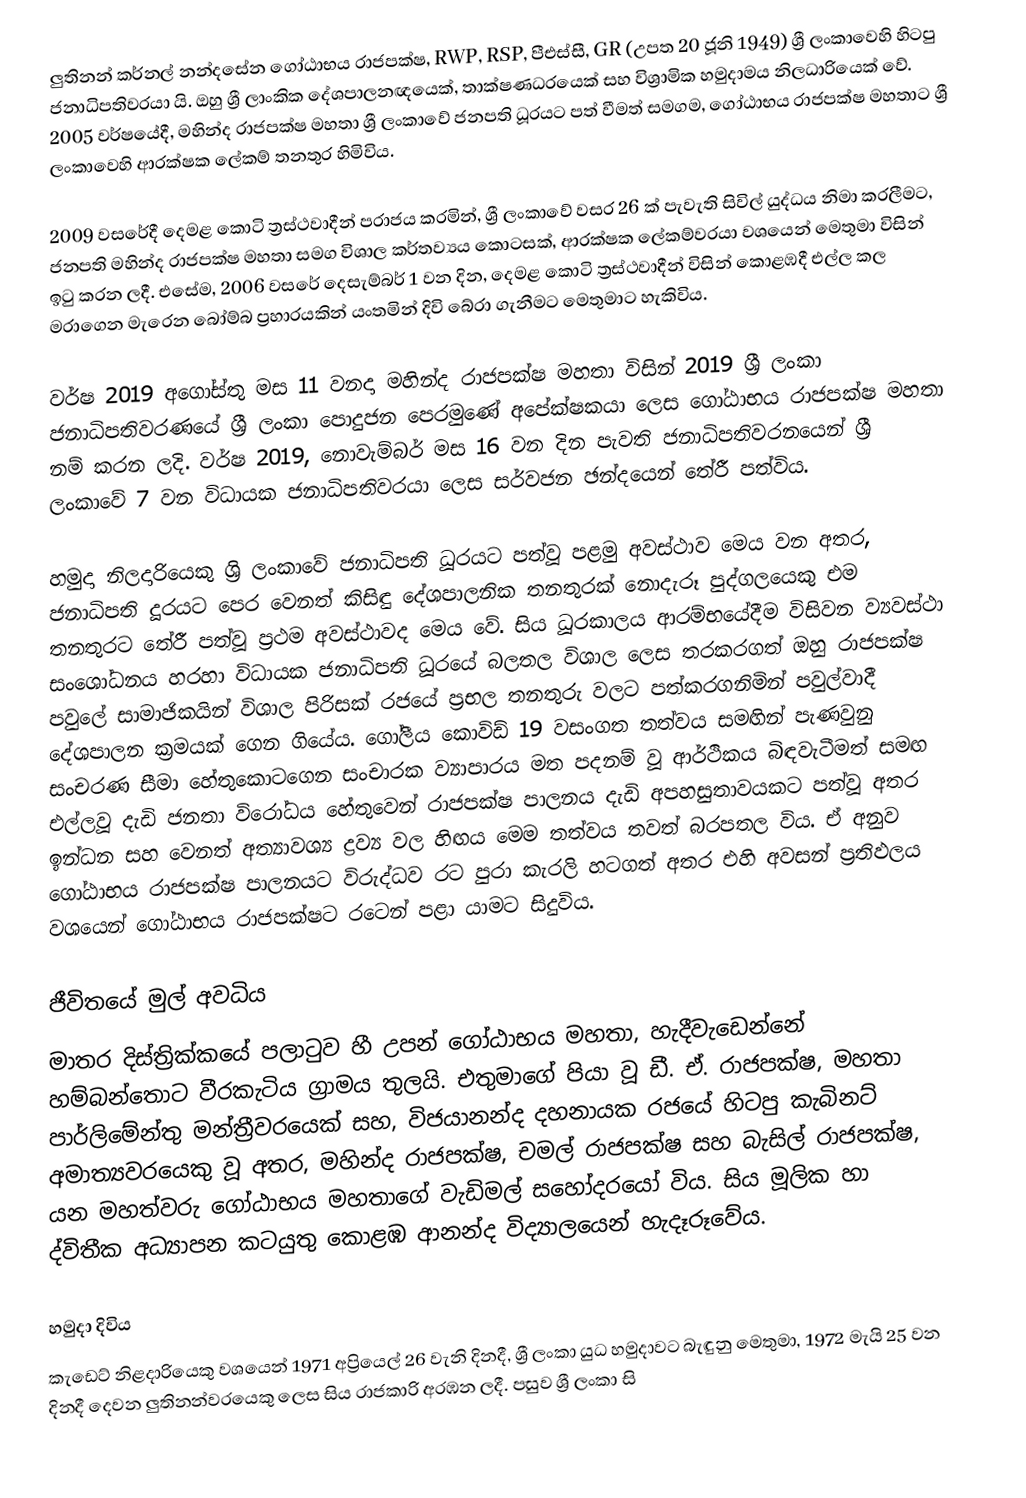
ලුතිනන් කර්නල් නන්දසේන ගෝඨාභය රාජපක්ෂ, RWP, RSP, පීඑස්සී, GR (උපත 20 ජූනි 1949) ශ්‍රී ලංකාවෙහි හිටපු ජනාධිපතිවරයා යි. ඔහු ශ්‍රී ලාංකික  දේශපාලනඥයෙක්, තාක්ෂණධරයෙක් සහ විශ්‍රාමික හමුදාමය නිලධාරියෙක් වේ. 2005 වර්ෂයේදී, මහින්ද රාජපක්ෂ මහතා ශ්‍රී ලංකාවේ ජනපති ධූරයට පත් වීමත් සමගම, ගෝඨාභය රාජපක්ෂ මහතාට ශ්‍රී ලංකාවෙහි ආරක්ෂක ලේකම් තනතුර හිමිවිය.

2009 වසරේදී දෙමළ කොටි ත්‍රස්ථවාදීන් පරාජය කරමින්, ශ්‍රී ලංකාවේ වසර 26 ක් පැවැති සිවිල් යුද්ධය නිමා කරලීමට, ජනපති මහින්ද රාජපක්ෂ මහතා සමග විශාල කර්තව්‍යය කොටසක්, ආරක්ෂක ලේකම්වරයා වශයෙන් මෙතුමා විසින් ඉටු කරන ලදී. එසේම, 2006 වසරේ දෙසැම්බර් 1 වන දින, දෙමළ කොටි ත්‍රස්ථවාදීන් විසින් කොළඹදී එල්ල කල මරාගෙන මැරෙන බෝම්බ ප්‍රහාරයකින් යංතමින් දිවි බේරා ගැනීමට මෙතුමාට හැකිවිය.

වර්ෂ 2019 අගෝස්තු මස 11 වනදා මහින්ද රාජපක්ෂ මහතා විසින් 2019 ශ්‍රී ලංකා ජනාධිපතිවරණයේ ශ්‍රී ලංකා පොදුජන පෙරමුණේ අපේක්ෂකයා ලෙස ගෝඨාභය රාජපක්ෂ මහතා නම් කරන ලදි. වර්ෂ 2019, නොවැම්බර් මස 16 වන දින පැවති ජනාධිපතිවරනයෙන් ශ්‍රී ලංකාවේ 7 වන විධායක ජනාධිපතිවරයා ලෙස සර්වජන ඡන්දයෙන් තේරී පත්විය.

හමුදා නිලදාරියෙකු ශ්‍රි ලංකාවේ ජනාධිපති ධූරයට පත්වූ පළමු අවස්ථාව මෙය වන අතර, ජනාධිපති දූරයට පෙර වෙනත් කිසිඳු දේශපාලනික තනතුරක් නොදැරූ පුද්ගලයෙකු එම තනතුරට තේරී පත්වූ ප්‍රථම අවස්ථාවද මෙය වේ. සිය ධූරකාලය ආරම්භයේදීම විසිවන ව්‍යවස්ථා සංශෝධනය හරහා විධායක ජනාධිපති ධූරයේ බලතල විශාල ලෙස තරකරගත් ඔහු රාජපක්ෂ පවුලේ සාමාජිකයින් විශාල පිරිසක් රජයේ ප්‍රභල තනතුරු වලට පත්කරගනිමින් පවුල්වාදී දේශපාලන ක්‍රමයක් ගෙන ගියේය. ගෝලීය කොවිඩ් 19 වසංගත තත්වය සමඟින් පැණවුනු සංචරණ සීමා හේතුකොටගෙන සංචාරක ව්‍යාපාරය මත පදනම් වූ ආර්ථිකය බිඳවැටීමත් සමඟ එල්ලවූ දැඩි ජනතා විරෝධය හේතුවෙන් රාජපක්ෂ පාලනය දැඩි අපහසුතාවයකට පත්වූ අතර ඉන්ධන සහ වෙනත් අත්‍යාවශ්‍ය ද්‍රව්‍ය වල හිඟය මෙම තත්වය තවත් බරපතල විය. ඒ අනුව  ගෝඨාභය රාජපක්ෂ පාලනයට විරුද්ධව රට පුරා කැරලි හටගත් අතර එහි අවසන් ප්‍රතිඵලය වශයෙන් ගෝඨාභය රාජපක්ෂට රටෙන් පළා යාමට සිදුවිය.

ජීවිතයේ මුල් අවධිය
මාතර දිස්ත්‍රික්කයේ පලාටුව හී උපන් ගෝඨාභය මහතා, හැදීවැඩෙන්නේ හම්බන්තොට වීරකැටිය ග්‍රාමය තුලයි. එතුමාගේ පියා වූ ඩී. ඒ. රාජපක්ෂ, මහතා පාර්ලිමේන්තු මන්ත්‍රීවරයෙක් සහ, විජයානන්ද දහනායක රජයේ හිටපු කැබිනට් අමාත්‍යවරයෙකු වූ අතර, මහින්ද රාජපක්ෂ, චමල් රාජපක්ෂ සහ බැසිල් රාජපක්ෂ, යන මහත්වරු ගෝඨාභය මහතාගේ වැඩිමල් සහෝදරයෝ විය. සිය මූලික හා ද්විතීක අධ්‍යාපන කටයුතු කොළඹ ආනන්ද විද්‍යාලයෙන් හැදෑරූවේය.

හමුදා දිවිය
කැඩෙට් නිළදාරියෙකු වශයෙන් 1971 අප්‍රියෙල් 26 වැනි දිනදී, ශ්‍රී ලංකා යුධ හමුදාවට බැඳුනු මෙතුමා, 1972 මැයි 25 වන දිනදී දෙවන ලුතිනන්වරයෙකු ලෙස සිය රාජකාරි අරඹන ලදී. පසුව ශ්‍රී ලංකා සි